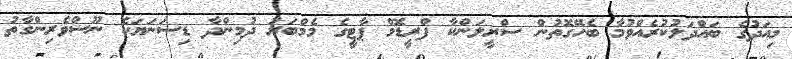
މިއަދުގެ ބައްދަލުކުރެއްވުމާ ބެހޭގޮތުން ސްރީލަންކާ ފްރީޑޮމް ޕާޓީގެ މެމްބަރު ދުމިންދާ ޑިސަނަޔަކެ ނޫސްވެރިންގާތު